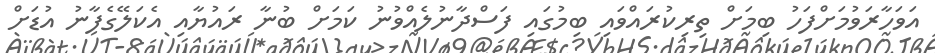
އަވަހާރަވުމަށްފަހު ބިމަށް ތިރިކުރައްވައި ބިމުގައި ފަސްދާނުލެއްވުނު ކަމަށް ބުނާ ރައުޔާއި އެކަލޭގެފާނު އުޑަށް